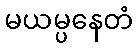
မယမ္ပနေတံ